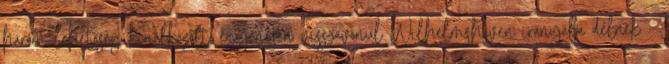
három lehetőség kínálkozott: egyenesen visszavonul Wilhelmshaven irányába délnek –